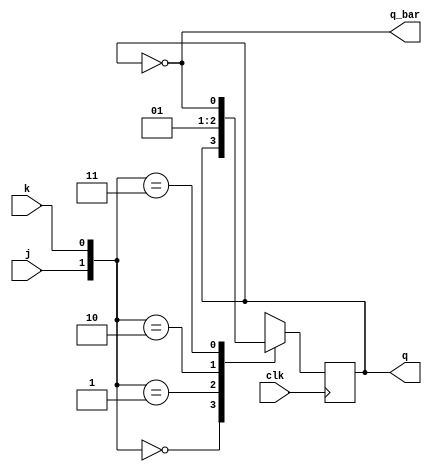
`timescale 1ns / 1ps
//////////////////////////////////////////////////////////////////////////////////
// Company: 
// Engineer: 
// 
// Design Name: 
// Module Name: jk_ff
// Project Name: 
// Target Devices: 
// Tool Versions: 
// Description: 
// 
// Dependencies: 
// 
// Revision:
// Revision 0.01 - File Created
// Additional Comments:
// 
//////////////////////////////////////////////////////////////////////////////////


module jk_ff(
    input j,
    input k,
    input clk,
    output reg q,
    output q_bar
    );
    always @(posedge clk)
    begin
    case({j,k}) 
    2'b00:q=q;
    2'b01:q=0;
    2'b10:q=1;
    2'b11:q=~q;
    endcase
    
    end
    assign q_bar=~q;
endmodule